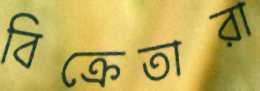
বিক্রেতারা